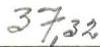
37,32